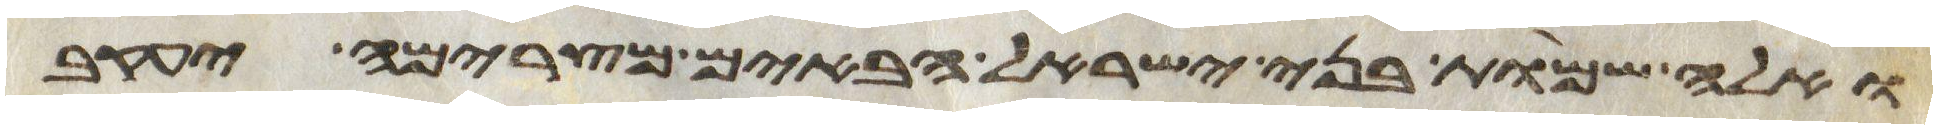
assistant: ואלה שמות בני ישראל הבאים מצרימה יעקב